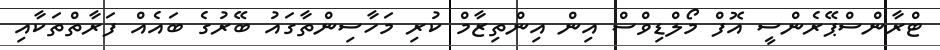
ޓްރާންސްޕޭރެންސީ އޮފް މޯލްޑިވްސް އިން އިންތިޒާމް ކުރި މަހާސިންތާގައު ބޭރުގެ ބައެއް ފަރާތްތަކާއި